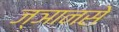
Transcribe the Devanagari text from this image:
ज्ञानसे